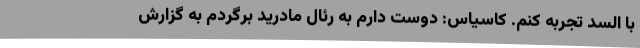
با السد تجربه کنم. کاسیاس: دوست دارم به رئال مادرید برگردم به گزارش